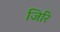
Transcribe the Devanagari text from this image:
जिरि